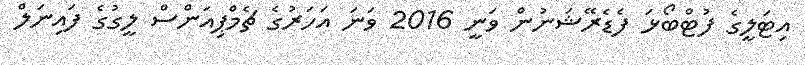
އިޓަލީގެ ފުޓްބޯޅަ ފެޑެރޭޝަނުން ވަނީ 2016 ވަނަ އަހަރުގެ ޗެމްޕިއަންސް ލީގުގެ ފައިނަލް